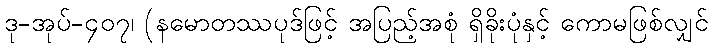
ဒု-အုပ်-၄၀၇၊ (နမောတဿပုဒ်ဖြင့် အပြည့်အစုံ ရှိခိုးပုံနှင့် ကောမဖြစ်လျှင်